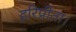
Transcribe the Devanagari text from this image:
हरिप्रीता।